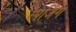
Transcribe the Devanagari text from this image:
स्पर्जिंग